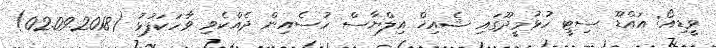
ވީޑިއޯ: އައްޑޫ ސިޓީ ހުޅުމީދޫގައި ޝެއިޚް އިލްޔާސް ހުސެއިން ދެއްކެވި ވާހަކަފުޅު (02.09.2018)